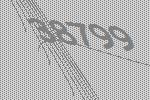
38799